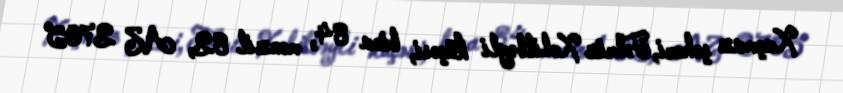
Xaçmaz şəhəri, Təbriz Xəlilbəyli küçəsi, bina 84, mənzil 82, AZ 2705